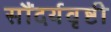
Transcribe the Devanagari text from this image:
सौंदर्यवृष्टी